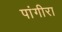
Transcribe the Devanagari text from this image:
पांगीरा